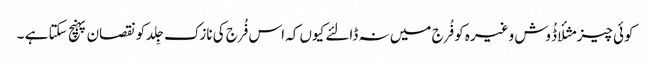
کوئی چیز مثلأ ڈُوش وغیرہ کو فُرج میں نہ ڈالئے کیوں کہ اس فُرج کی نازک جِلد کو نقصان پہنچ سکتا ہے ۔